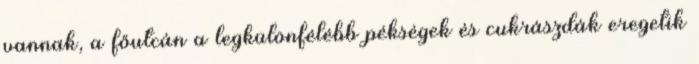
vannak, a főutcán a legkülönfélébb pékségek és cukrászdák eregetik